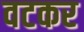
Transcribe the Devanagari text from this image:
वटकर